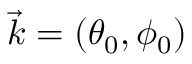
\vec { k } = \left( \theta _ { 0 } , \phi _ { 0 } \right)